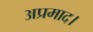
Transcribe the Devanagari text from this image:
अप्रमाद।